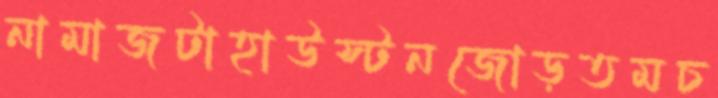
নামাজটাহাউস্টনজোড়তমচ